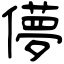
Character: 儚